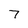
Character: 7